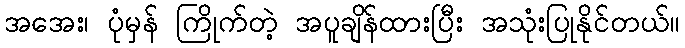
အအေး၊ ပုံမှန် ကြိုက်တဲ့ အပူချိန်ထားပြီး အသုံးပြုနိုင်တယ်။